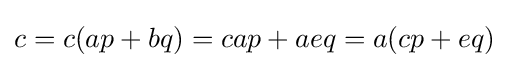
c=c(ap+bq)=cap+aeq=a(cp+eq)